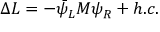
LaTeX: \Delta { \cal L } = - \bar { \psi } _ { L } { \cal M } \psi _ { R } + h . c .